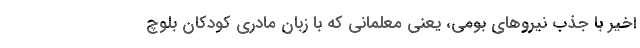
اخیر با جذب‌ نیروهای بومی، یعنی معلمانی که با زبان مادری کودکان بلوچ